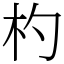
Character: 杓